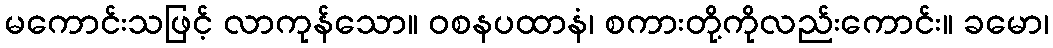
မကောင်းသဖြင့် လာကုန်သော။ ဝစနပထာနံ၊ စကားတို့ကိုလည်းကောင်း။ ခမော၊